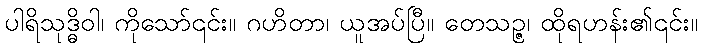
ပါရိသုဒ္ဓိဝါ၊ ကိုသော်၎င်း။ ဂဟိတာ၊ ယူအပ်ပြီ။ တေသဉ္ဇ၊ ထိုရဟန်း၏၎င်း။